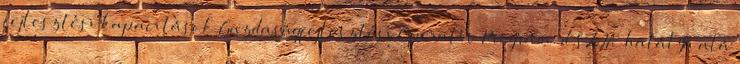
fejlesztési kapacitások Gazdaságfejlesztési Operatív Program. d SZJA hatálya alá